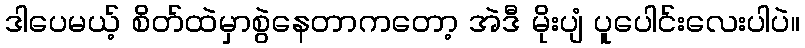
ဒါပေမယ့် စိတ်ထဲမှာစွဲနေတာကတော့ အဲဒီ မိုးပျံ ပူပေါင်းလေးပါပဲ။